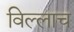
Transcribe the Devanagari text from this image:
विल्लाच